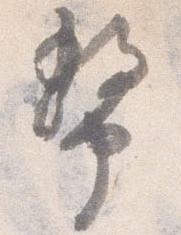
幣